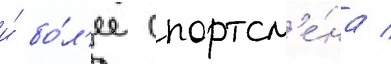
и́ бо́л'ее спортсм'е́на /